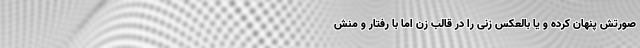
صورتش پنهان کرده و یا بالعکس زنی را در قالب زن اما با رفتار و منش